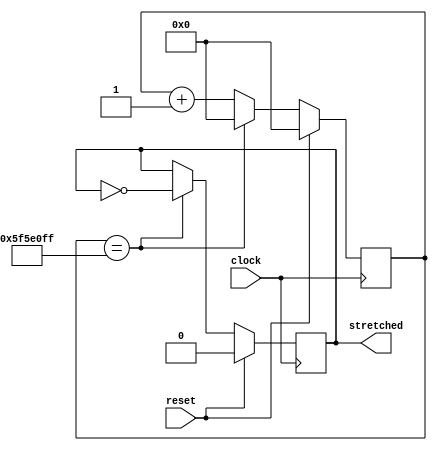
module clock_stretch(
	clock,
	reset,
	stretched
);

	parameter HALF_PERIOD = 32'd100000000;

	input wire clock;
	input wire reset;
	output reg stretched = 1'b0;
	reg [31:0] count = 32'd0;

	always @(posedge clock) begin
		if(reset) begin
			count <= 32'd0;
			stretched <= 1'b0;
		end
		else if(count == HALF_PERIOD-32'd1) begin
			count <= 32'd0;
			stretched <= ~stretched;
		end
		else begin
			count <= count + 32'd1;
			stretched <= stretched;
		end
	end
endmodule